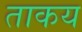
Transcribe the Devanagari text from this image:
ताकय